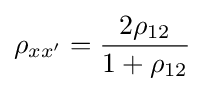
{\rho }_{xx'}={\frac {2{\rho }_{12}}{1+{\rho }_{12}}}